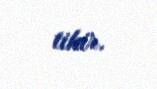
tikir.